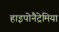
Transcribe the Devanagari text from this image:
हाइपोनैट्रेमिया